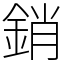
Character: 銷